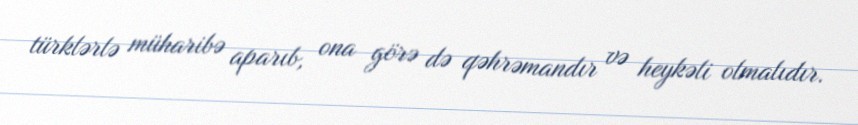
türklərlə müharibə aparıb, ona görə də qəhrəmandır və heykəli olmalıdır.